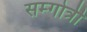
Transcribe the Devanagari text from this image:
सम्गोत्री